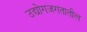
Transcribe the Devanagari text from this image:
उद्योगजगतातील